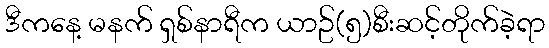
ဒီကနေ့ မနက် ရှစ်နာရီက ယာဥ်(၅)စီးဆင့်တိုက်ခဲ့ရာ